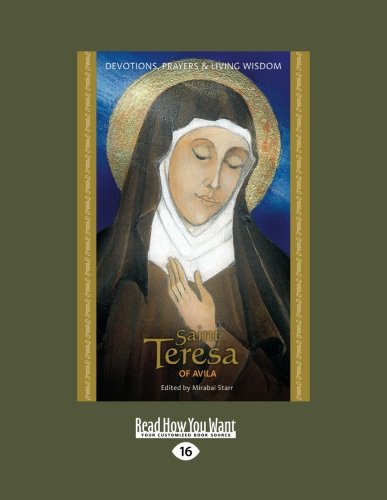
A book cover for Saint Teresa of Avila; Mirabai Starr; Religion & Spirituality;